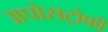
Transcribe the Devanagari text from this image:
अपोसट्रोफी